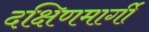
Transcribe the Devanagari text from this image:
दक्षिणमार्गी